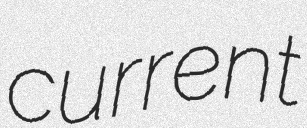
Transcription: current